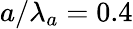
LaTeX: a/\lambda_{a}=0.4